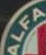
ALFA